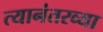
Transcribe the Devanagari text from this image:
त्यानंतरव्या